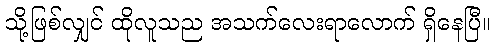
သို့ဖြစ်လျှင် ထိုလူသည အသက်လေးရာလောက် ရှိနေပြီ။